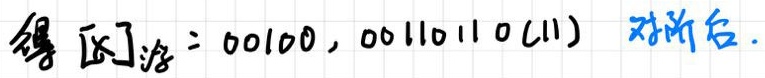
得 区]溶：00100, 00110110(11) 对析后.